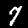
Label: 7